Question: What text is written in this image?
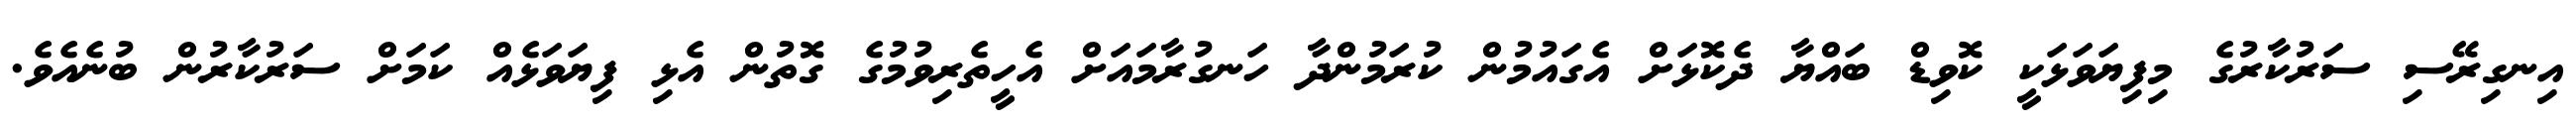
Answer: އިނގިރޭސި ސަރުކާރުގެ މިފިޔަވަޅަކީ ކޮވިޑް ބައްޔާ ދެކޮޅަށް އެގައުމުން ކުރަމުންދާ ހަނގުރާމައަށް އެހީތެރިވުމުގެ ގޮތުން އެޅި ފިޔަވަޅެއް ކަމަށް ސަރުކާރުން ބުނެއެވެ.